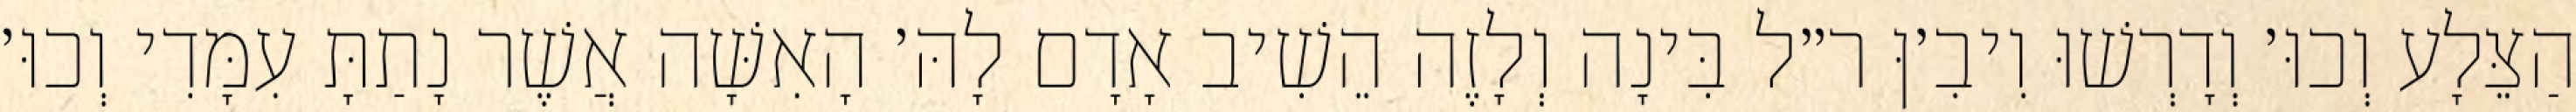
הַצֵּלָע וְכוּ׳ וְדָרְשׁוּ וִיבִ׳ןּ ר״ל בִּינָה וְלָזֶה הֵשִׁיב אָדָם לָהּ׳ הָאִשָּׁה אֲשֶׁר נָתַתָּ עִמָּדִי וְכוּ׳